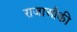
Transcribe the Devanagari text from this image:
राजाऔकी